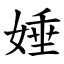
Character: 娷